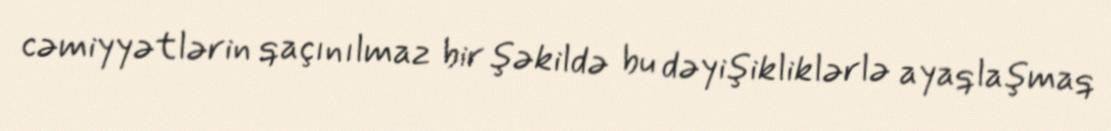
cəmiyyətlərin qaçınılmaz bir şəkildə bu dəyişikliklərlə ayaqlaşmaq